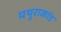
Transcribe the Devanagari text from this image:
मथुराकांड